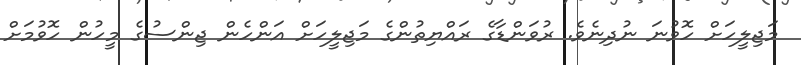
މަޖިލީހަށް ހޮވުނަ ނުދިނެވެ. ރުވަންޑާގެ ރައްޔިތުންގެ މަޖިލީހަށް އަންހެން ޖިންސުގެ މީހުން ހޮވުމަށް